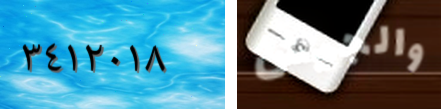
٣٤١٢٠١٨ والجيش